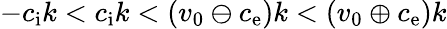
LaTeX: -c_{\mathrm{i}}k<c_{\mathrm{i}}k<(v_{0}\ominus c_{\mathrm{e}})k<(v_{0}\oplus c_{\mathrm{e}})k